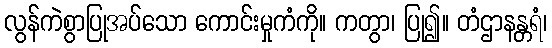
လွန်ကဲစွာပြုအပ်သော ကောင်းမှုကံကို။ ကတွာ၊ ပြု၍။ တံဌာနန္တရံ၊